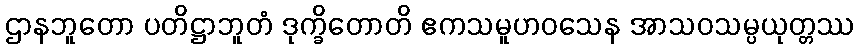
ဌာနဘူတော ပတိဋ္ဌာဘူတံ ဒုက္ခိတောတိ ဧကသမူဟဝသေန အာသဝသမ္ပယုတ္တဿ